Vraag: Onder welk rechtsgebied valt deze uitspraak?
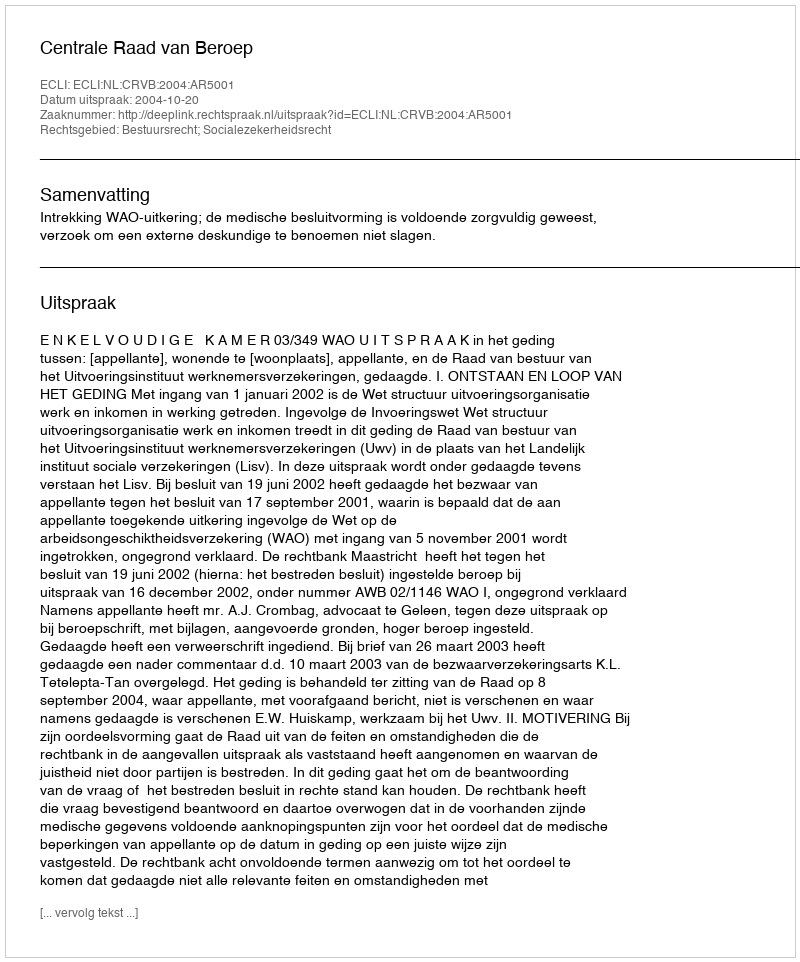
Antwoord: Bestuursrecht; Socialezekerheidsrecht